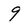
Character: 9